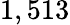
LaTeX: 1,513